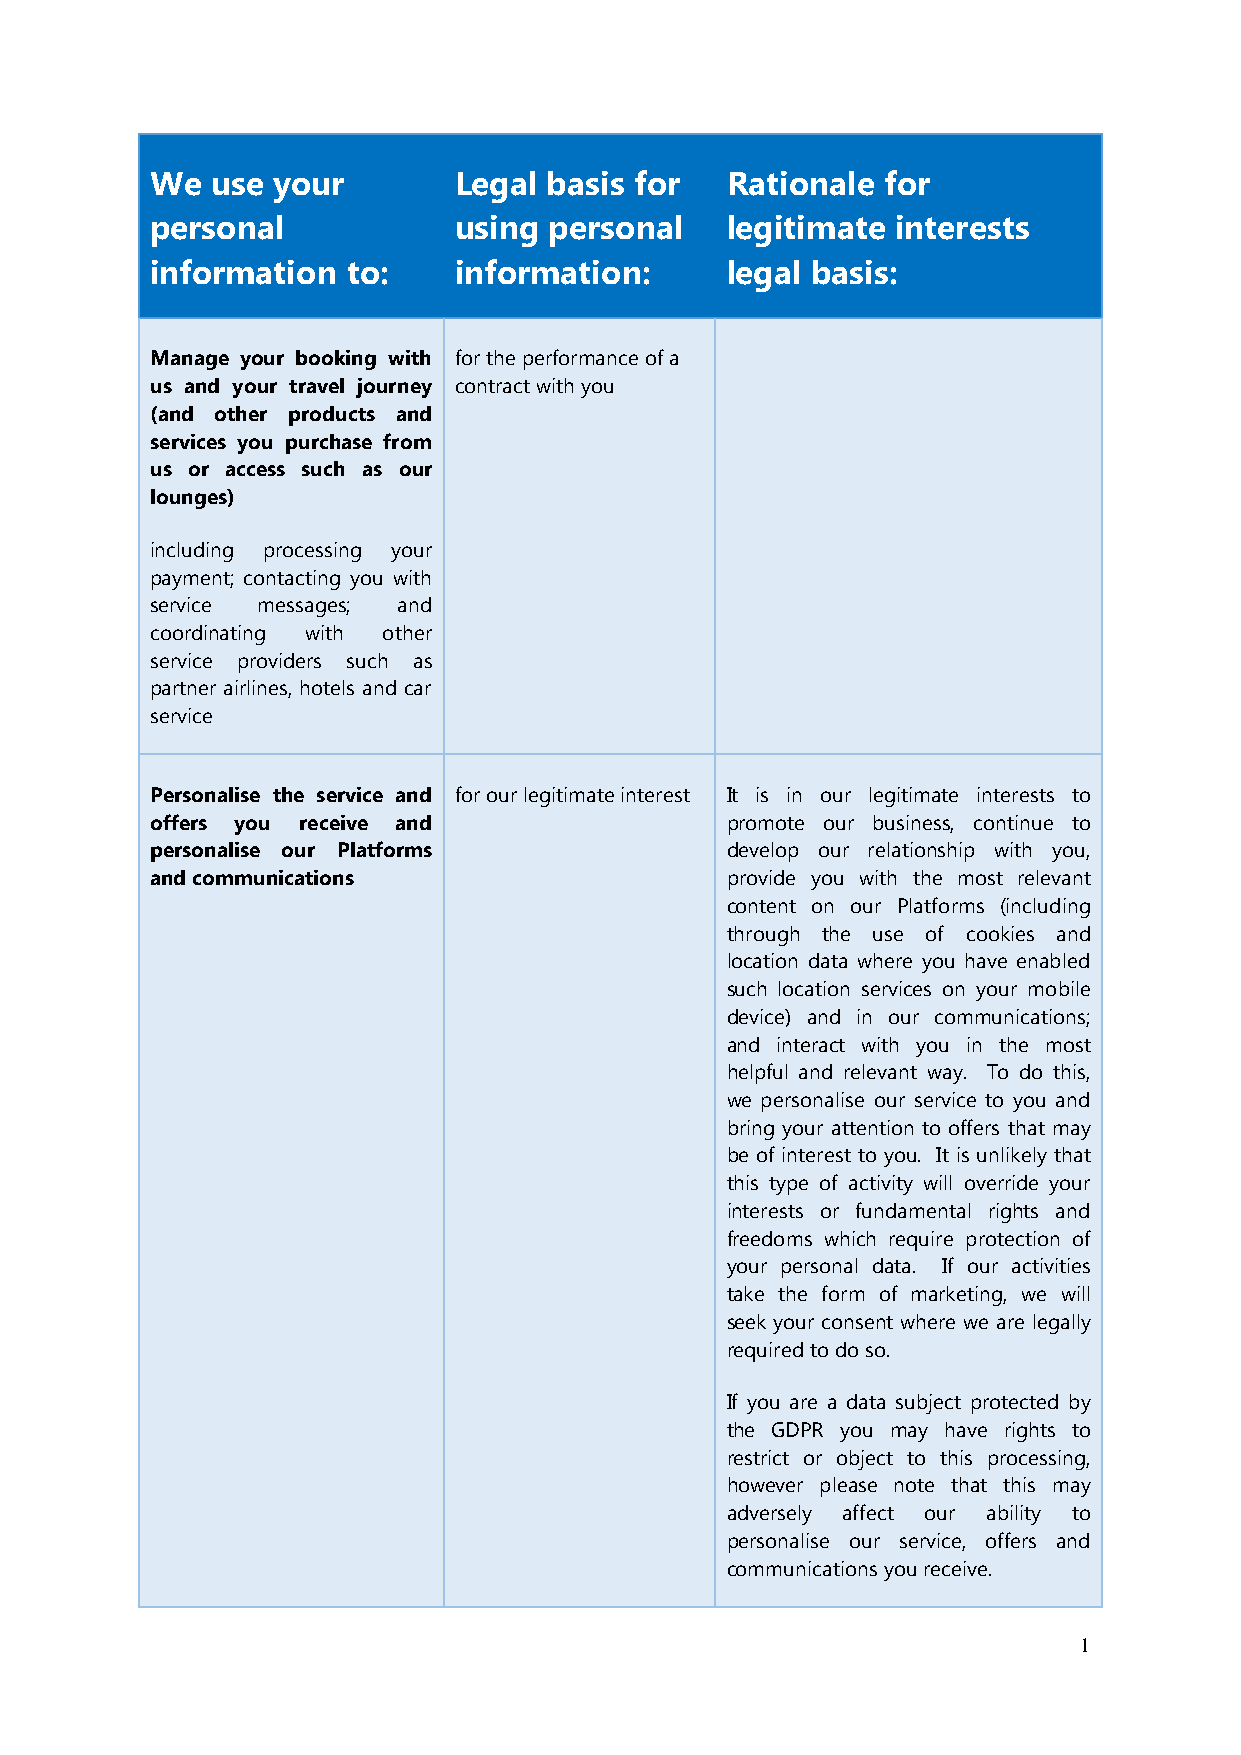
We  use your        Legal basis for   Rationale for
 personal            using personal    legitimate interests
 information  to:    information:      legal basis:
 Manage your booking with for the performance of a
 us and your travel journey contract with you
 (and other products and
 services you purchase from
 us or access such as our
 lounges)
 including processing your
 payment; contacting you with
 service messages; and
 coordinating with other
 service providers such as
 partner airlines, hotels and car
 service
 Personalise the service and for our legitimate interest It is in our legitimate interests to
 offers you receive and                promote our business, continue to
 personalise our Platforms             develop our relationship with you,
 and communications                    provide you with the most relevant
 content on our Platforms (including
 through the use of cookies and
 location data where you have enabled
 such location services on your mobile
 device) and in our communications;
 and interact with you in the most
 helpful and relevant way. To do this,
 we personalise our service to you and
 bring your attention to offers that may
 be of interest to you. It is unlikely that
 this type of activity will override your
 interests or fundamental rights and
 freedoms which require protection of
 your personal data. If our activities
 take the form of marketing, we will
 seek your consent where we are legally
 required to do so.
 If you are a data subject protected by
 the GDPR you may have rights to
 restrict or object to this processing,
 however please note that this may
 adversely affect our ability to
 personalise our service, offers and
 communications you receive.
 1